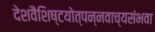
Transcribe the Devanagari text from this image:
देशवैशिष्टयोत्पन्नवाच्यसंभवा